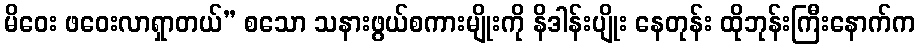
မိဝေး ဖဝေးလာရှာတယ်” စသော သနားဖွယ်စကားမျိုးကို နိဒါန်းပျိုး နေတုန်း ထိုဘုန်းကြီးနောက်က